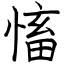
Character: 慉